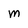
Character: M